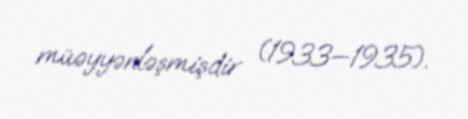
müəyyənləşmişdir (1933—1935).